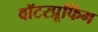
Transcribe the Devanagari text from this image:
वॉटरप्रूफिंग